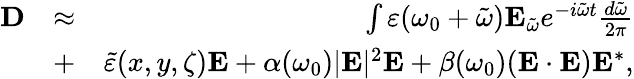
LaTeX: \begin{array}{rlr}{{\mathbf D}}&{\approx}&{\int\varepsilon(\omega_{0}+\tilde{\omega}){\mathbf E}_{\tilde{\omega}}e^{-i\tilde{\omega}t}\frac{d\tilde{\omega}}{2\pi}}\\ &{+}&{\tilde{\varepsilon}(x,y,\zeta){\mathbf E}+\alpha(\omega_{0})|{\mathbf E}|^{2}{\mathbf E}+\beta(\omega_{0})({\mathbf E}\cdot{\mathbf E}){\mathbf E}^{*},}\end{array}